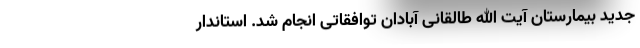
جدید بیمارستان آیت الله طالقانی آبادان توافقاتی انجام شد. استاندار